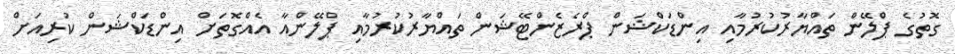
ގޮތުގެ ޕްލޭން ތައްޔާރުކުރުމާއި އިންޑަކްޝަން ޕްރެޒެންޓޭޝަން ތައްޔާރުކުރުމާއި ޕްލޭންއާ އެއްގޮތަށް އިންޑަކްޝަން ކުރިއަށް